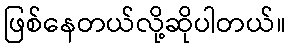
ဖြစ်နေတယ်လို့ဆိုပါတယ်။